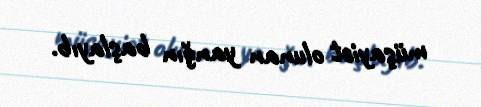
müşayiət olunan yanğın başlayıb.